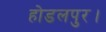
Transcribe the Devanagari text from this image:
होडलपुर।